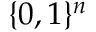
\{ 0 , 1 \} ^ { n }